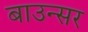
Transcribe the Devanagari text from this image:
बाउन्सर